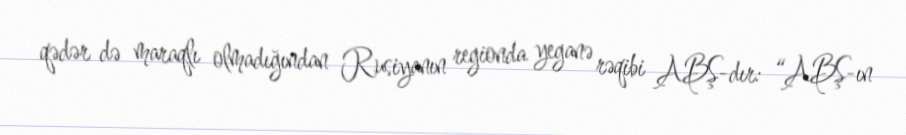
qədər də maraqlı olmadığından Rusiyanın regionda yeganə rəqibi ABŞ-dır: “ABŞ-ın